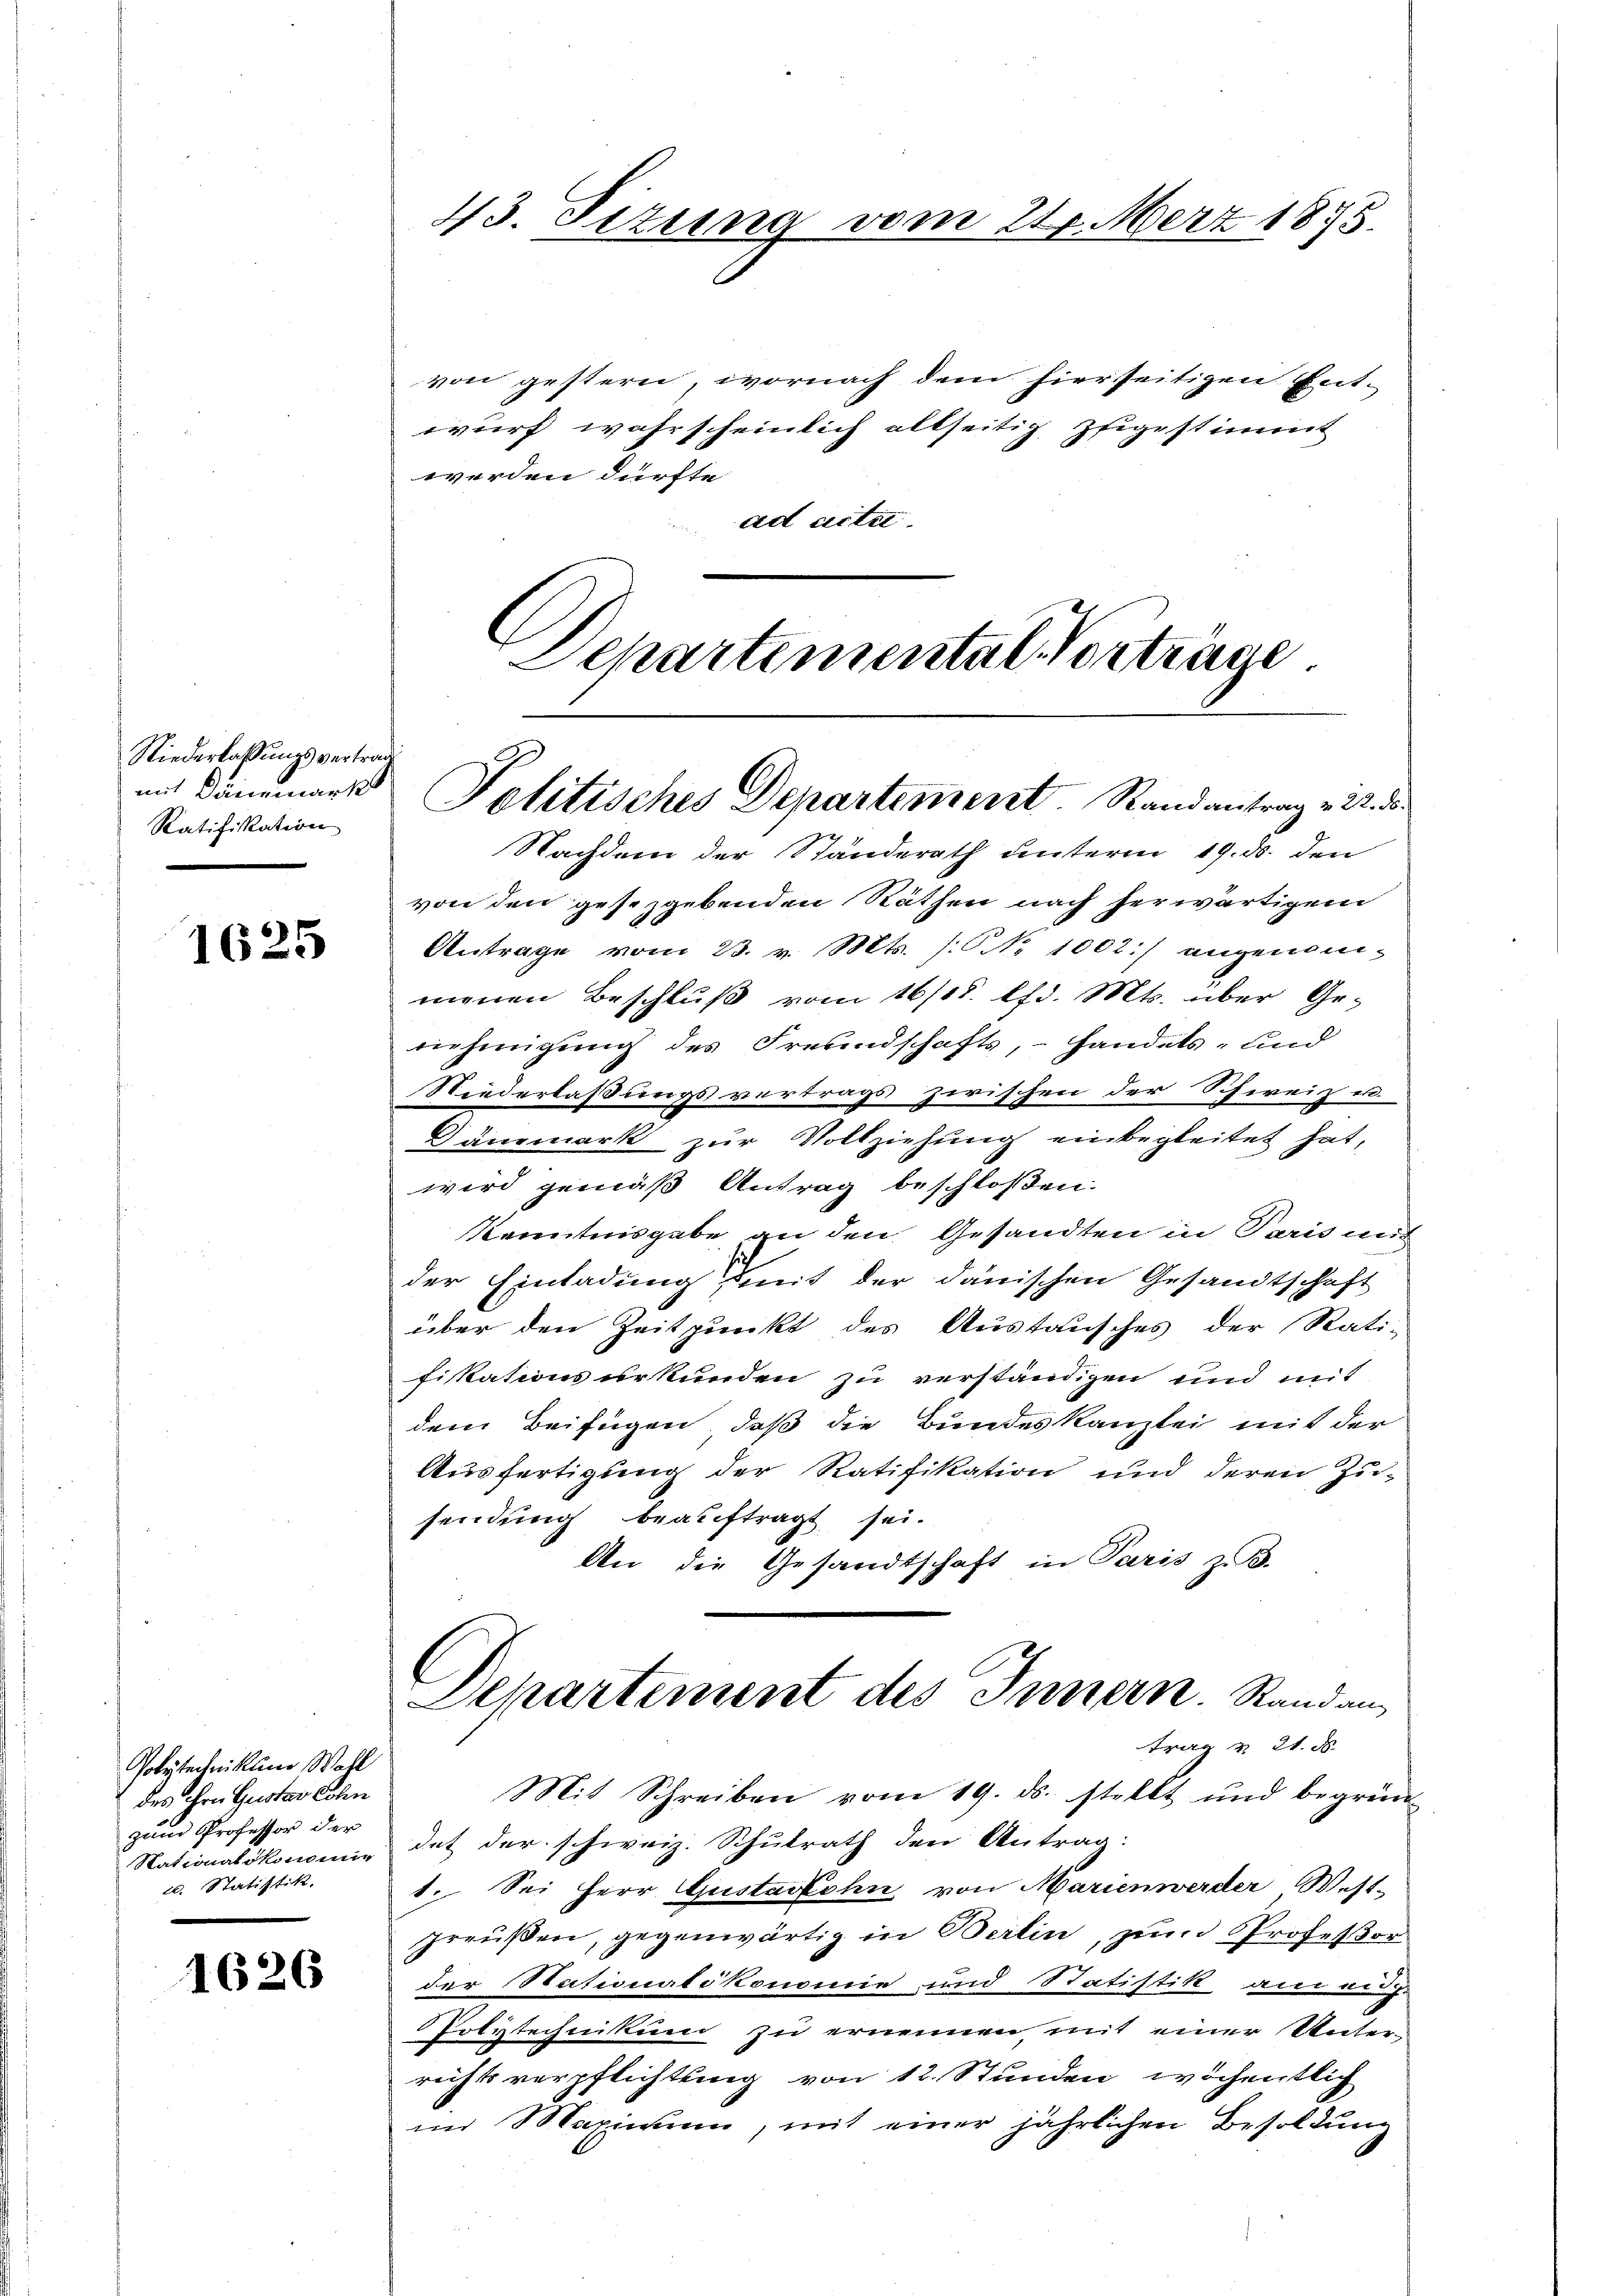
Niederlaßungsvertrag
Ratifikation

1625

von gestern, wornach dem hierseitigen Ent-
wurf wahrscheinlich allseitig zugestimmt
werden dürfte
ad acti
Departemental Vorträge

Polytechniklin Woll
des ihre Gustav Lohn
zum Professor der
l. Statistik.

1626

43. Sizung vom 21. März 1875.

mit Dämmert Politisches Departement. Randantrag v. 22. ds.

Nachdem der Ständerath unterm 19. ds. den
von den gesetzgebenden Räthen nach herwärtigem
Antrage vom 23. v. Mts. /: No 1002) angenom-
menen Beschlŭβ vom 16/18. lfd. Mts. über Ge-
riehmigung des Freundschafts, – handels- und
Niederlaßungsvertrags zwischen der Schweiz u.
änmark zur Vollziehung einbegleitet hat,
wird gemäß Antrag beschloßen:
Kenntnisgabe an den Gesandten in Paris mit
der Einladung mit der danischen Gesandtschaft
über den Zeitpunkt des Austausches der Rati-
fikationsurkunden zu verständigen und mit
dem Beifügen, daß die Bundeskanzlei mit der
Ausfertigung der Ratifikation und deren Zusendung beauftragt sei.
An die Gesandtschaft in Paris z. B.
Departement des Innern. Standan
trag v. 21. d.
Mit Schreiben vom 19. ds. stellt und begrün-
Nationalökomune dat der schweiz. Schulrath den Antrag:
1. Sei Herr Gustavfohn von Marienwerder West-
preußen, gegenwärtig in Berlin, zum Profeßor
der Nationalökonomie und Statistik an
Polytechnikum zu ernennen mit einer Unter-
richtsverpflichtung von 12. Stunden wöchentlich
im Maximum, mit einer jährlichen Besoldung